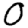
Digit: 0